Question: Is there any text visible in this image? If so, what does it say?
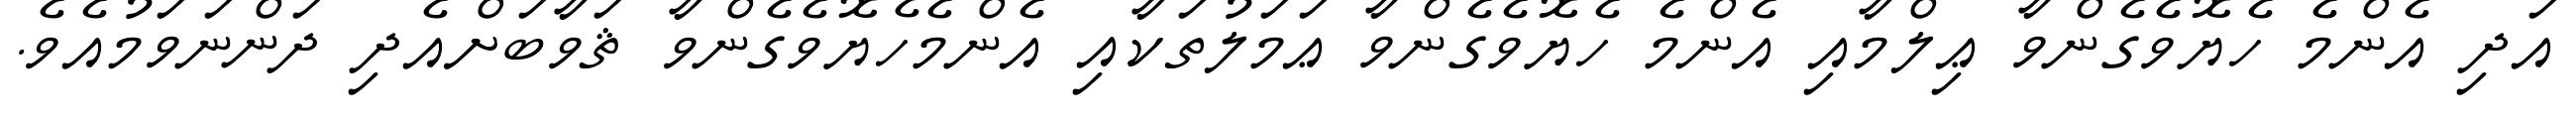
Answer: އަދި އެންމެ ހެޔޮވެގެންވާ ޢިލްމާއި އެންމެ ހެޔޮވެގެންވާ ޢަމަލުތަކާއި އެންމެހެޔޮވެގެންވާ ޘަވާބަށްއެދި ދަންނަވަމުއެވެ.